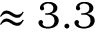
\approx 3 . 3